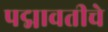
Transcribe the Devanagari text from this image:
पद्मावतीचे